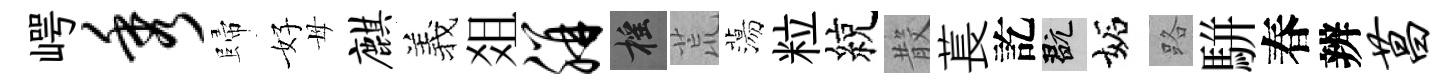
崿秀歸好母麒羲爼胼摇荒蕩粒綂𣪚萇訖玩妬路駢春辨菖